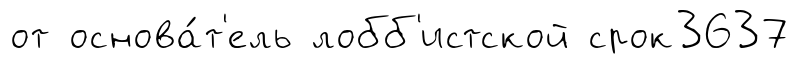
от основа́т'ель лобб'истской срок3637